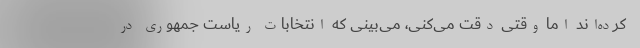
کرده‌اند اما وقتی دقت می‌کنی، می‌بینی که انتخابات ریاست جمهوری در